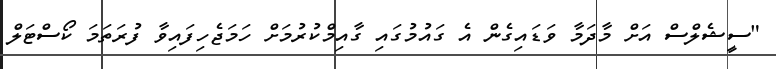
"ސީޝެލްސް އަށް މާދަމާ ވަޑައިގެން އެ ގައުމުގައި ގާއިމްކުރުމަށް ހަމަޖެހިފައިވާ ފުރަތަމަ ކޯސްޓަލް